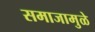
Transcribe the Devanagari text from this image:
समाजामुळे